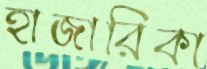
হাজারিকা